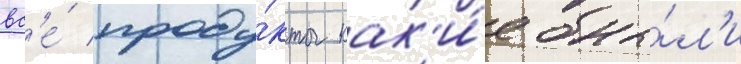
вс'е́ проду́кты как'и́е бы́л'и